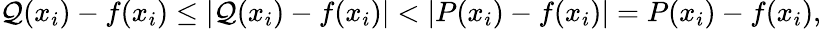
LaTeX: \mathcal{Q}(x_{i})-f(x_{i})\leq|\mathcal{Q}(x_{i})-f(x_{i})|<|P(x_{i})-f(x_{i})|=P(x_{i})-f(x_{i}),